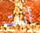
أنت